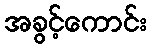
အခွင့်ကောင်း